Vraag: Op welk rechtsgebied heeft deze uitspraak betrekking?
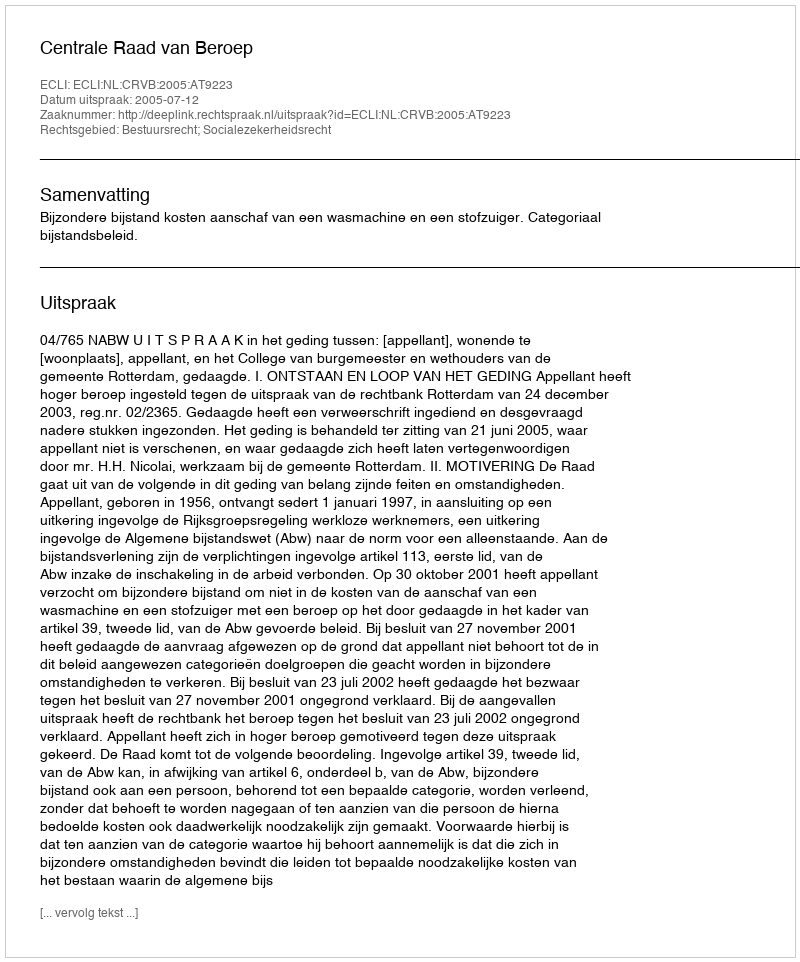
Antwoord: Bestuursrecht; Socialezekerheidsrecht